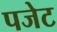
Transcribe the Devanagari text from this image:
पजेट